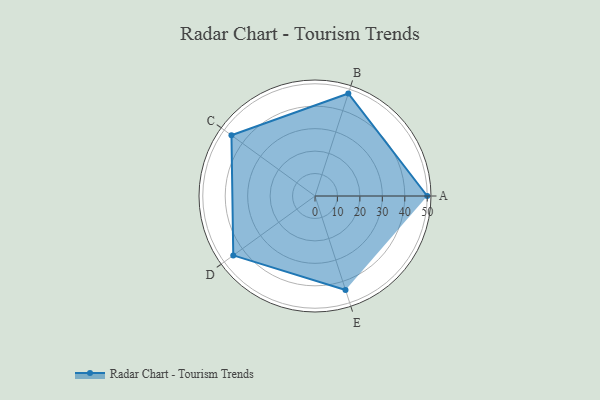
{"axis": {"x": "Skill", "y": "Score"}, "legend": ["Profile"], "data": [{"x": "A", "y": 50.0, "type": "Profile"}, {"x": "B", "y": 48.0, "type": "Profile"}, {"x": "C", "y": 46.0, "type": "Profile"}, {"x": "D", "y": 45.0, "type": "Profile"}, {"x": "E", "y": 44.0, "type": "Profile"}]}